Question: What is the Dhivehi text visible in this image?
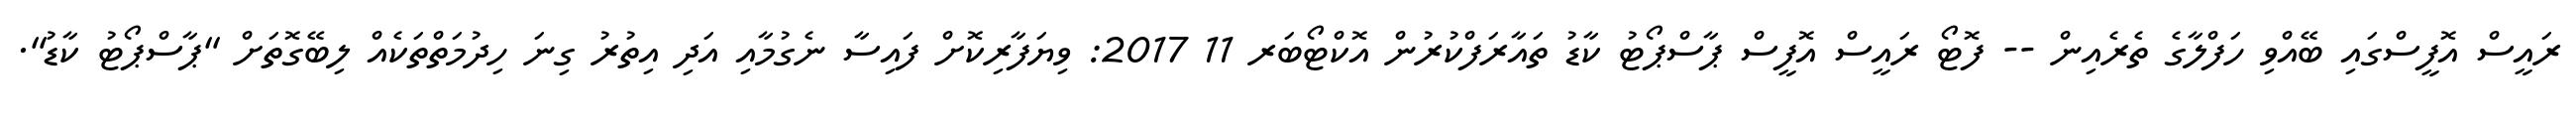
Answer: ރައީސް އޮފީސްގައި ބޭއްވި ހަފްލާގެ ތެރެއިން -- ފޮޓޯ ރައީސް އޮފީސް ޕާސްޕޯޓު ކާޑު ތައާރަފްކުރުން އޮކްޓޯބަރ 11 2017: ވިޔަފާރިކޮށް ފައިސާ ނެގުމާއި އަދި އިތުރު ގިނަ ހިދުމަތްތަކެއް ލިބޭގޮތަށް "ޕާސްޕޯޓު ކާޑު".